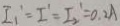
I _ { 1 } ^ { \prime } = I ^ { \prime } = I _ { 2 } ^ { 1 } = 0 . 2 A